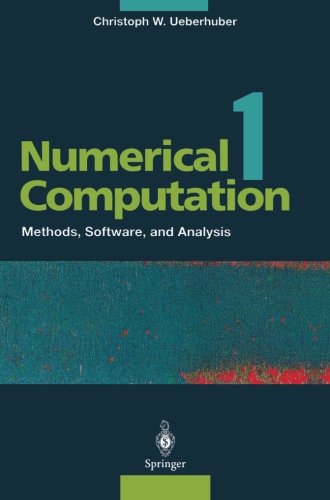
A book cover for Numerical Computation 1: Methods, Software, and Analysis (Numerical Computation 1 Vol. XVI); Christoph W. Ueberhuber; Science & Math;